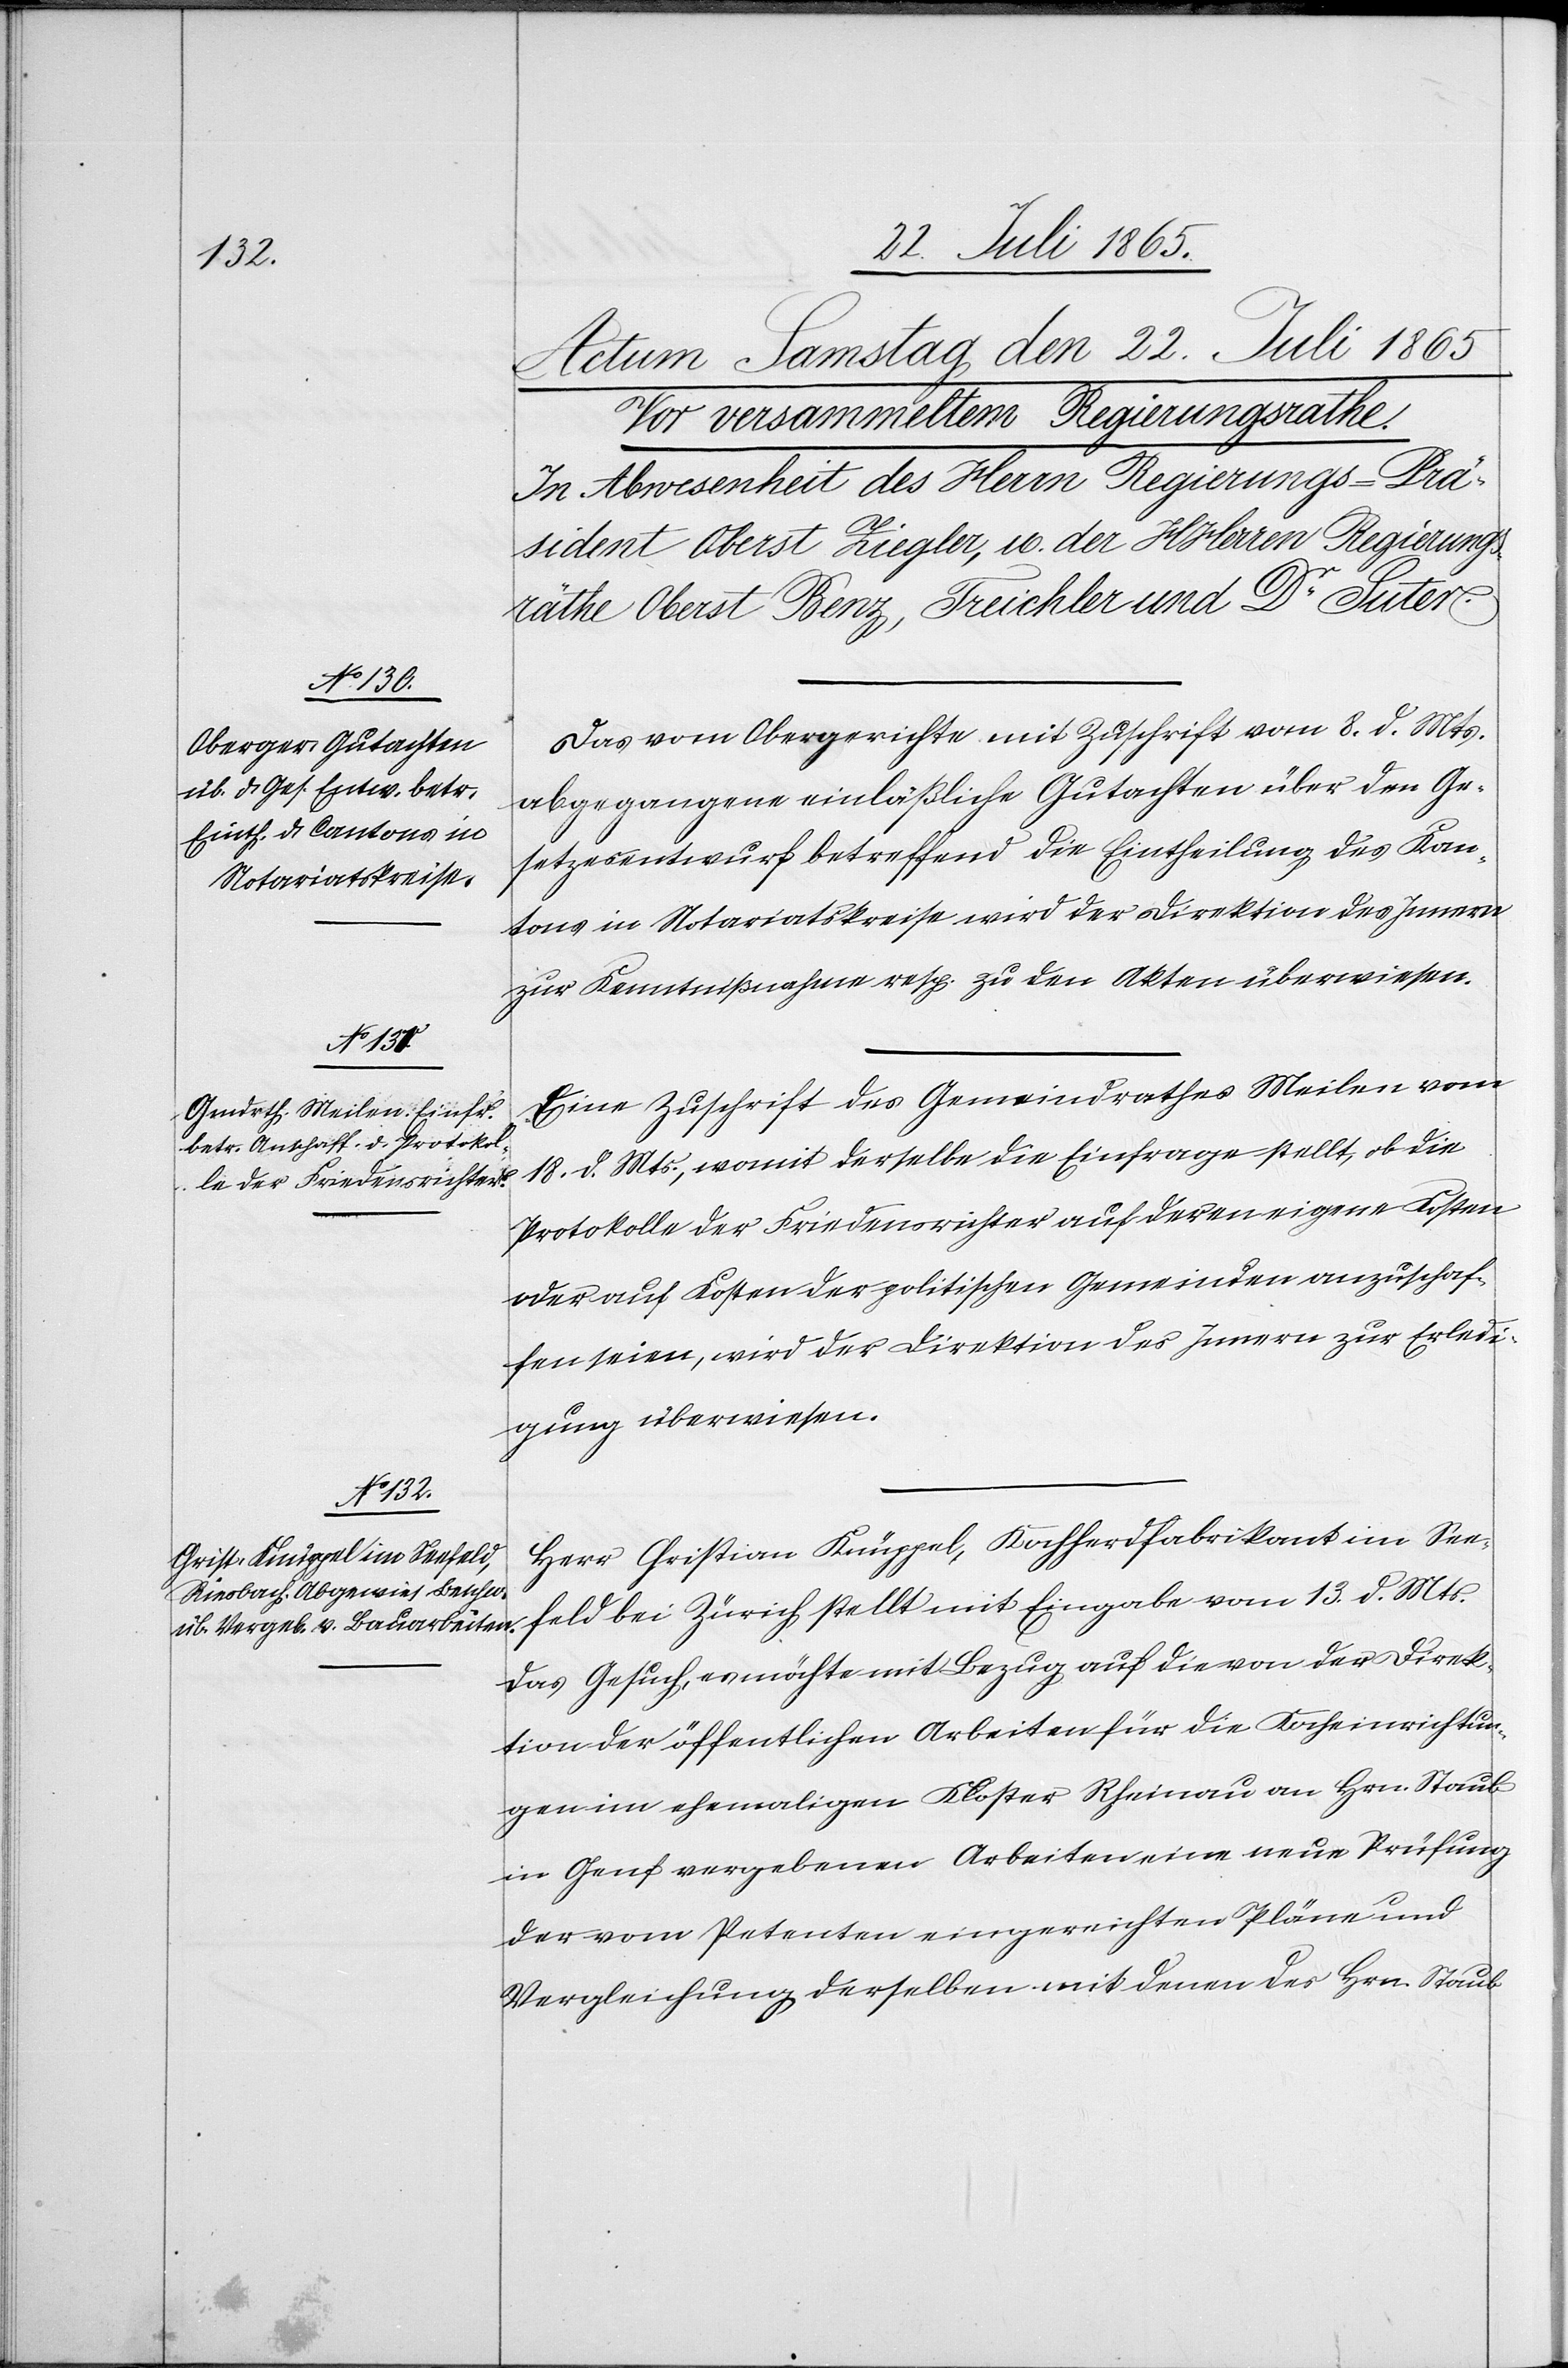
Das vom Obergerichte mit Zuschrift vom 8. d. Mts.
abgegangene einläßliche Gutachten über den Ge¬
setzesentwurf betreffend die Eintheilung des Kan¬
tons in Notariatskreise wird der Direktion des Innern
zur Kenntnißnahme resp. zu den Akten überwiesen.
Eine Zuschrift des Gemeindrathes Meilen vom
18. d. Mts., womit derselbe die Einfrage stellt, ob die
Protokolle der Friedensrichter auf deren eigene Kosten
oder auf Kosten der politischen Gemeinden anzuschaf¬
fen seien, wird der Direktion des Innern zur Erledi¬
gung überwiesen.
Herr Christian Knüppel, Kochherdfabrikant im See¬
feld bei Zürich stellt mit Eingabe vom 13. d. Mts.
das Gesuch, es möchte mit Bezug auf die von der Direk¬
tion der öffentlichen Arbeiten für die Kocheinrichtun¬
gen im ehemaligen Kloster Rheinau an Hrn. Staub
in Genf vergebenen Arbeiten eine neue Prüfung
der vom Petenten eingereichten Pläne und
Vergleichung derselben mit denen des Hrn. Staub